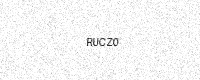
Text: RUCZ0